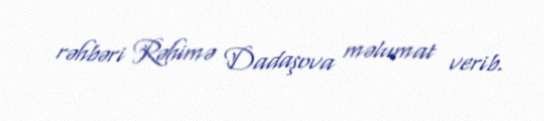
rəhbəri Rəhimə Dadaşova məlumat verib.